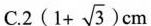
C.$$2 ( 1+ \sqrt{3} )$$ cm